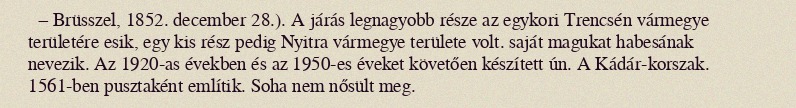
− Brüsszel, 1852. december 28.). A járás legnagyobb része az egykori Trencsén vármegye területére esik, egy kis rész pedig Nyitra vármegye területe volt. saját magukat habesának nevezik. Az 1920-as években és az 1950-es éveket követően készített ún. A Kádár-korszak. 1561-ben pusztaként említik. Soha nem nősült meg.